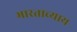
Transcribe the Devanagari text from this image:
भारताच्याय